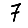
Digit: 7